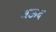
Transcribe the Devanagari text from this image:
बऊद